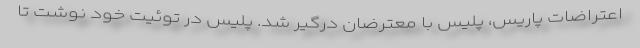
اعتراضات پاریس، پلیس با معترضان درگیر شد. پلیس در توئیت خود نوشت تا